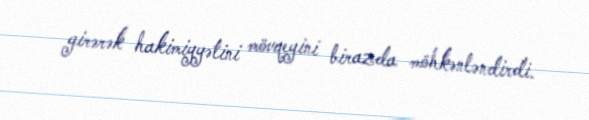
girərək hakimiyyətini mövqeyini birazda möhkənləndirdi.